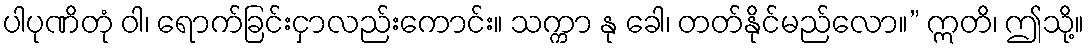
ပါပုဏိတုံ ဝါ၊ ရောက်ခြင်းငှာလည်းကောင်း။ သက္ကာ နု ခေါ၊ တတ်နိုင်မည်လော။” ဣတိ၊ ဤသို့။